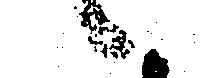
候